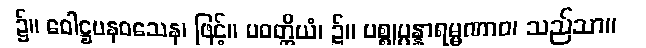
၌။ ဝေါဋ္ဌပနဝသေန၊ ဖြင့်။ ပဝတ္တိယံ၊ ၌။ ပစ္စုပ္ပန္နာရမ္မဏာဝ၊ သည်သာ။